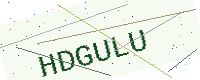
Text: HDGULU